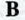
B